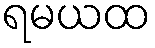
ရမယထ